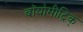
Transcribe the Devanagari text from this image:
बॉयोमीट्रिक्